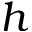
h